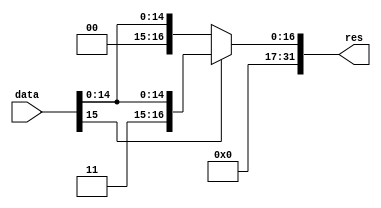
module sign_extend(input [15:0] data, output reg[31:0] res);

always @(*)begin

	if (data[15] == 0)
		res <= {{16{0}},data};
        else 
		res <= {{16{1}},data};

end
endmodule